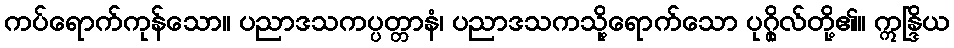
ကပ်ရောက်ကုန်သော။ ပညာဒသကပ္ပတ္တာနံ၊ ပညာဒသကသို့ရောက်သော ပုဂ္ဂိုလ်တို့၏။ ဣန္ဒြိယ